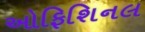
ઓફિશિનલ